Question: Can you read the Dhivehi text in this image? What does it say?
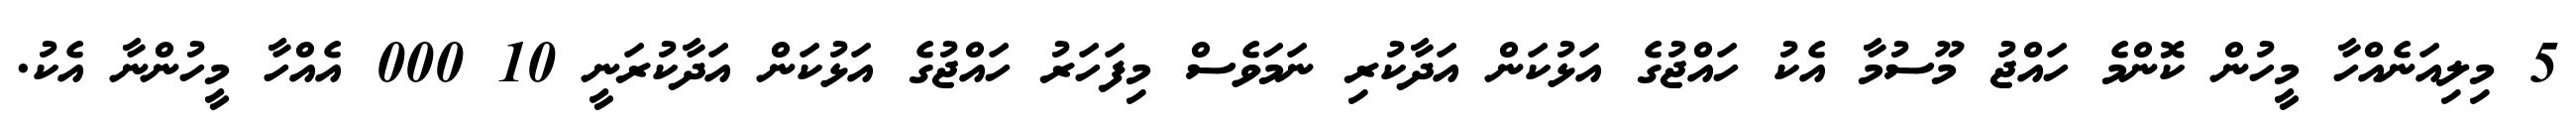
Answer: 5 މިލިއަނެއްހާ މީހުން ކޮންމެ ހައްޖު މޫސުމާ އެކު ހައްޖުގެ އަޅުކަން އަދާކުރި ނަމަވެސް މިފަހަރު ހައްޖުގެ އަޅުކަން އަދާކުރަނީ 10 000 އެއްހާ މީހުންނާ އެކު.